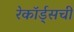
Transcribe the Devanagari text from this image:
रेकॉर्ड्सची